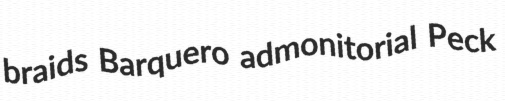
braids Barquero admonitorial Peck